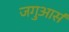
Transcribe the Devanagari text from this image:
जगुआर्स